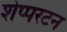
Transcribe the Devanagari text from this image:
शेप्परटन